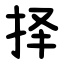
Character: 择